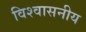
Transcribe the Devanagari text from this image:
विश्‍वासनीय